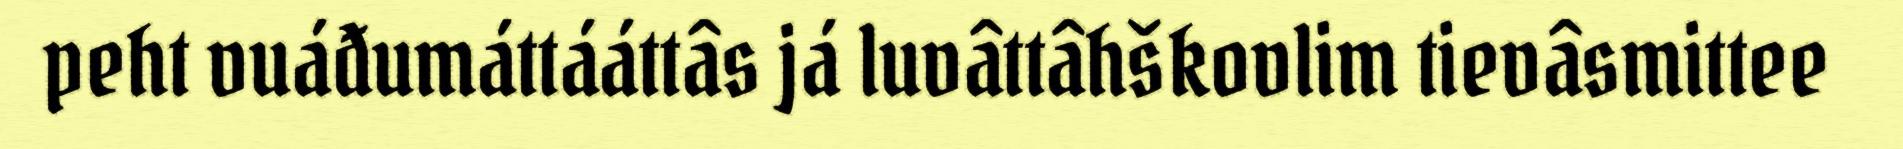
peht vuáđumáttááttâs já luvâttâhškovlim tievâsmittee